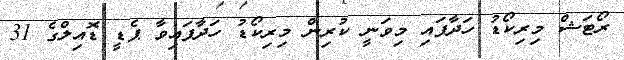
ރޯޓަޝް މިރިކޯޑު ހަދާފައި މިވަނީ ކުރިން މިރިކޯޑު ހަދާފައިވާ ޕެޑީ ޑޮއިލްގެ 31